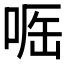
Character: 𠶲